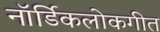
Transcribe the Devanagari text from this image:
नॉर्डिकलोकगीत